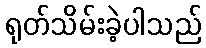
ရုတ်သိမ်းခဲ့ပါသည်